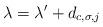
LaTeX: \begin{align*}\lambda=\lambda^{\prime}+d_{c,\sigma,j}\end{align*}